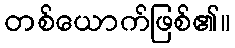
တစ်ယောက်ဖြစ်၏။